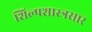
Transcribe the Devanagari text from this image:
शिल्पशास्त्रसार